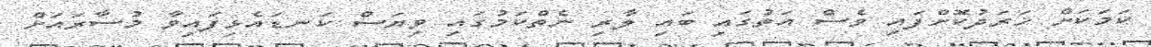
ކަމަކަށް ޚަރަދުކޮށްފައި ވެސް އަތުގައި ބައި ލާރި ނެތްކަމުގައި ވިޔަސް ކަނޑައެޅިފައިވާ މުސާރައަށް